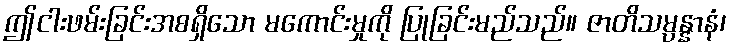
ဤငါးဖမ်းခြင်းအစရှိသော မကောင်းမှုကို ပြုခြင်းမည်သည်။ ဇာတိသမ္ပန္နာနံ၊